Leaving Certificate Examination (including Day School Certificate (Higher) General paper), 1934
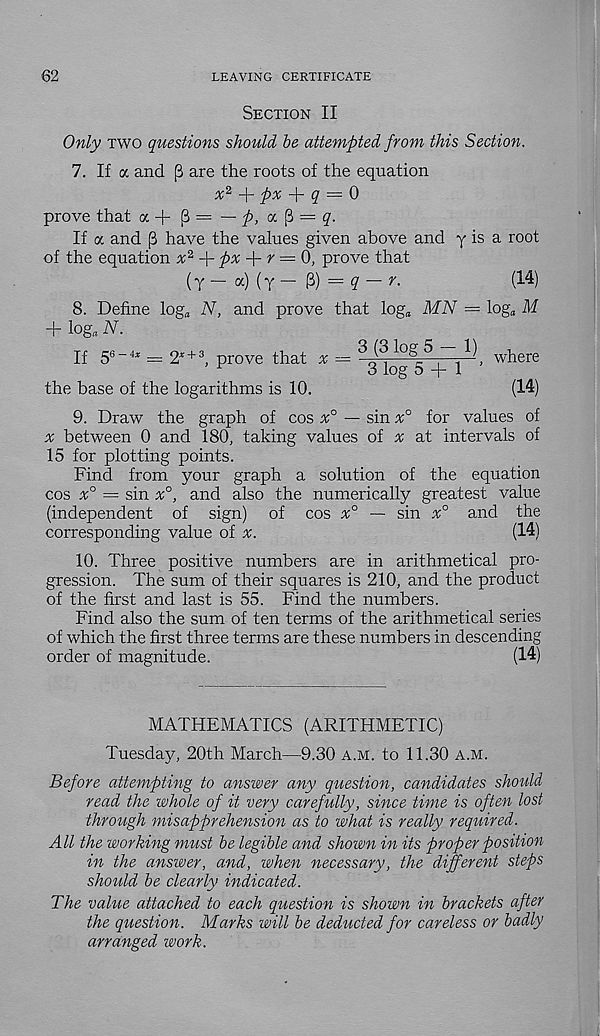
62
LEAVING CERTIFICATE
Section II
Only two questions should be attempted from this Section.
7. If a and (3 are the roots of the equation
x*
p%
q = 0
prove that oc + $= — p, a. $ = q.
If a and [3 have the values given above and y is a root
of the equation x*
px
r = 0, prove that
(T — a) (y — @) : = ? — r-
(- 4 )
8. Define log* N, and prove that log* MN = log* M
+ log* N.
If 5 6~4x — 2* + 3 , prove that ^
where
the base of the logarithms is 10.
(14)
9. Draw the graph of cos x° — sin x° for values of
a; between 0 and 180, taking values of x at intervals of
15 for plotting points.
Find from your graph a solution of the equation
cos x° = sin x°, and also the numerically greatest value
(independent of sign) of cos x° — sin x° and the
corresponding value of
(14)
10. Three positive numbers are in arithmetical pro-
gression. The sum of their squares is 210, and the product
of the first and last is 55. Find the numbers.
Find also the sum of ten terms of the arithmetical series
of which the first three terms are these numbers in descending
order of magnitude.
(14)
MATHEMATICS (ARITHMETIC)
Tuesday, 20th March—9.30 a.m. to 11.30 a.m.
Before attempting to answer any question, candidates should
read the whole of it very carefully, since time is often lost
through misapprehension as to what is really required.
All the working must be legible and shown in its proper position
in the answer, and, when necessary, the different steps
should be clearly indicated.
The value attached to each question is shown in brackets after
the question. Marks will be deducted for careless or badly
arranged work.